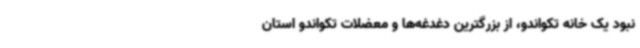
نبود یک خانه تکواندو، از بزرگترین دغدغه‌ها و معضلات تکواندو استان